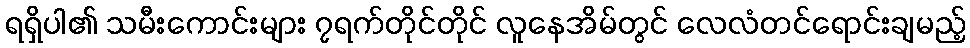
ရရှိပါ၏ သမီးကောင်းများ ၇ရက်တိုင်တိုင် လူနေအိမ်တွင် လေလံတင်ရောင်းချမည့်